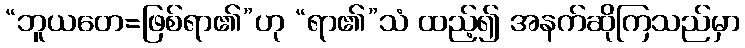
“ဘူယတေ=ဖြစ်ရာ၏”ဟု “ရာ၏”သံ ထည့်၍ အနက်ဆိုကြသည်မှာ